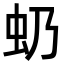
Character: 𧈣